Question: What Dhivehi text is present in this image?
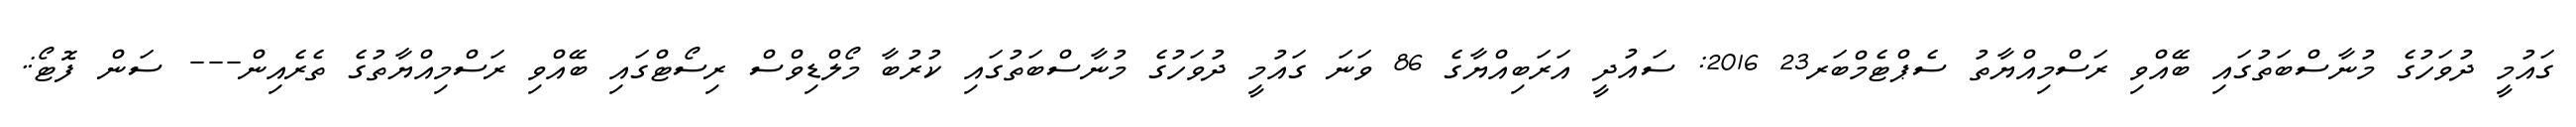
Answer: ގައުމީ ދުވަހުގެ މުނާސްބަތުގައި ބޭއްވި ރަސްމިއްޔާތު ސެޕްޓެމްބަރ23 2016: ސައުދީ އަރަބިއްޔާގެ 86 ވަނަ ގައުމީ ދުވަހުގެ މުނާސްބަތުގައި ކުރުބާ މޯލްޑިވްސް ރިސޯޓްގައި ބޭއްވި ރަސްމިއްޔާތުގެ ތެރެއިން--- ސަން ފޮޓޯ:.